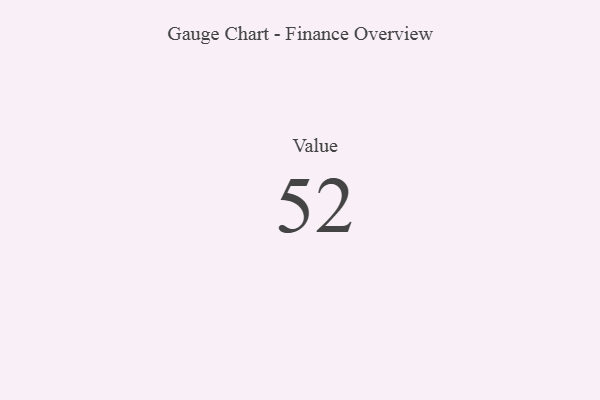
{"axis": {"x": "Metric", "y": "Value"}, "legend": [""], "data": [{"x": "Value", "y": 52, "type": ""}]}